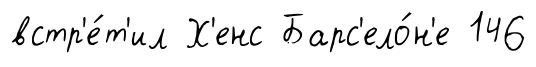
встр'е́т'ил Х'енс Барс'ело́н'е 146